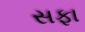
સફા